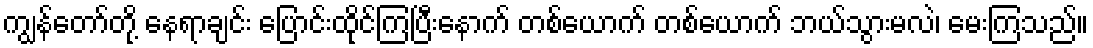
ကျွန်တော်တို့ နေရာချင်း ပြောင်းထိုင်ကြပြီးနောက် တစ်ယောက် တစ်ယောက် ဘယ်သွားမလဲ၊ မေးကြသည်။